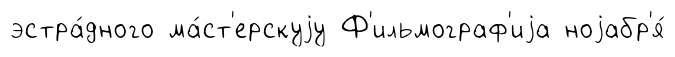
эстра́дного ма́ст'ерскуjу Ф'ильмограф'иjа ноjабр'я́